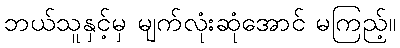
ဘယ်သူနှင့်မှ မျက်လုံးဆုံအောင် မကြည့်။